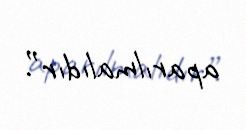
aparılmalıdır”.